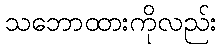
သဘောထားကိုလည်း